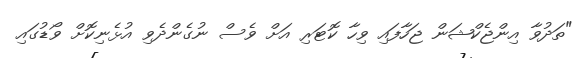
"ތަދުވާ އިންޖެކްޝަން ޖަހާފައި ވިހާ ކޮޓަރި އަށް ވެސް ނުގެންދެވި އުޅެނިކޮށް ވޯޑުގައި